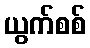
ယွက်စစ်